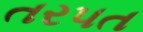
તરપત